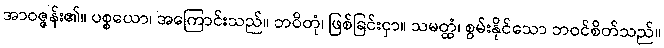
အာဝဇ္ဇန်း၏။ ပစ္စယော၊ အကြောင်းသည်။ ဘဝိတုံ၊ ဖြစ်ခြင်းငှာ။ သမတ္ထံ၊ စွမ်းနိုင်သော ဘဝင်စိတ်သည်။